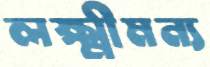
লক্ষ্মীমন্য